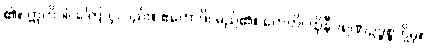
၏။ ဣတိဝါ၊ ကြောင့်လည်း။ ဧကောဒိ၊ မည်၏။ တေဟိ၊ ထိုနီဝရဏဥဒ္ဓစ္စတို့မှ။